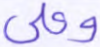
وعلى